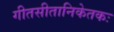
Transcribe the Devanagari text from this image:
गीतसीतानिकेतकः